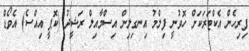
ފިރިހެން އެކްޓަރަކަށް ހޮވުނީ ފިލްމު އިނގިލިން އިސްމާއިލް ރަޝީދު (ކޮޕީ އިއްސެ) އެވޯޑް